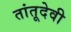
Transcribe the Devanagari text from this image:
तांतूदेवी